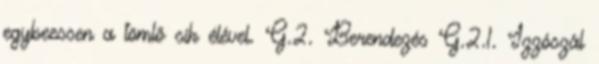
egybeessen a tömlõ sík élével. G.2. Berendezés G.2.1. Izzószál